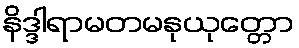
နိဒ္ဒါရာမတမနုယုတ္တော